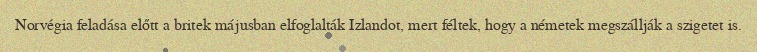
Norvégia feladása előtt a britek májusban elfoglalták Izlandot, mert féltek, hogy a németek megszállják a szigetet is.